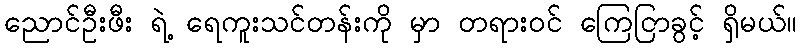
ညောင်ဦးဖီး ရဲ့ ရေကူးသင်တန်းကို မှာ တရားဝင် ကြေငြာခွင့် ရှိမယ်။